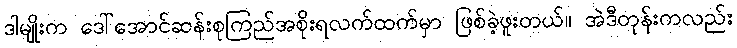
ဒါမျိုးက ဒေါ်အောင်ဆန်းစုကြည်အစိုးရလက်ထက်မှာ ဖြစ်ခဲ့ဖူးတယ်။ အဲဒီတုန်းကလည်း